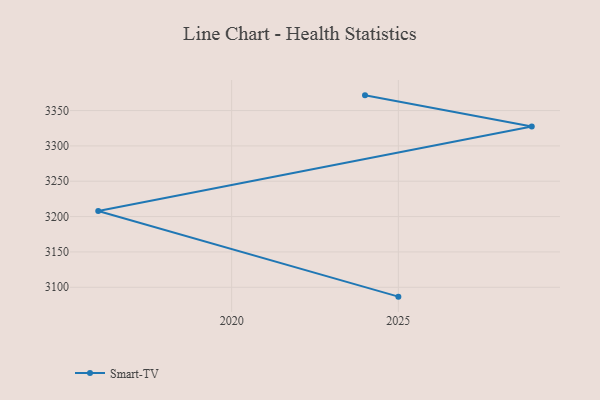
{"axis": {"x": "Year", "y": "Bounce Rate (%)"}, "legend": ["Smart-TV"], "data": [{"x": "2025", "y": 3086.7, "type": "Smart-TV"}, {"x": "2016", "y": 3207.9, "type": "Smart-TV"}, {"x": "2029", "y": 3327.3, "type": "Smart-TV"}, {"x": "2024", "y": 3371.5, "type": "Smart-TV"}]}